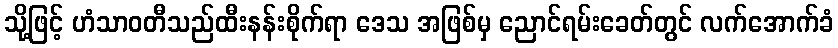
သို့ဖြင့် ဟံသာဝတီသည်ထီးနန်းစိုက်ရာ ဒေသ အဖြစ်မှ ညောင်ရမ်းခေတ်တွင် လက်အောက်ခံ